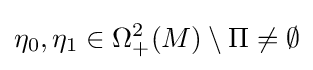
\eta _{0},\eta _{1}\in \Omega _{+}^{2}(M)\setminus \Pi \neq \emptyset